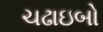
ચઢાઇબો